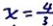
x = \frac { 4 } { 3 }